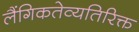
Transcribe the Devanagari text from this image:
लैंगिकतेव्यतिरिक्त